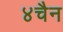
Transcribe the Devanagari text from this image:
४चैन